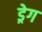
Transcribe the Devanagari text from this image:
ड्रेग